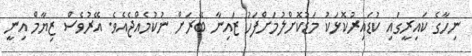
ނިހާގެ ކައިރީގައި ކުޑައިރުކޮޅަކު މަޑުކޮށްލުމަށްފަހު ޒައިނާ ބޭރަށް ނުކުމެއްޖެއެވެ. އޭރުވެސް ޒިޔާމް އިނީ